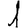
Digit: 1